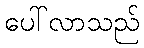
ပေါ်လာသည်